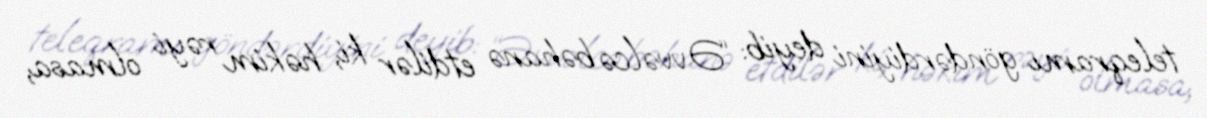
teleqramı göndərdiyini deyib: “Əvvəlcə bəhanə etdilər ki, həkim rəyi olmasa,